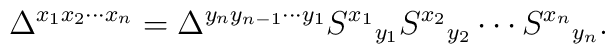
\Delta^{x_1x_2\cdots x_n}=   \Delta^{y_n y_{n-1}\cdots y_1}   S^{x_1}{}_{y_1}S^{x_2}{}_{y_2}\cdots S^{x_n}{}_{y_n}.